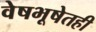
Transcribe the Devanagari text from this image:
वेषभूषेतही